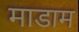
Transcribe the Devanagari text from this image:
माडाम